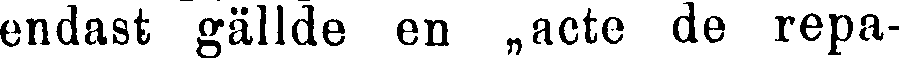
endast gällde en „acte de repa-